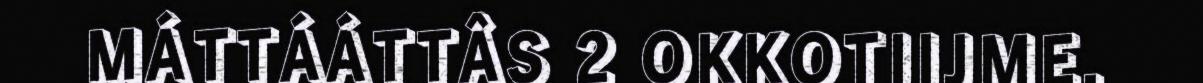
MÁTTÁÁTTÂS 2 OKKOTIIJME.